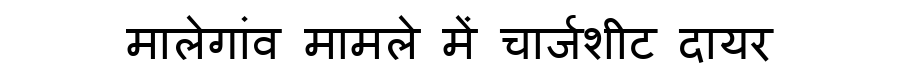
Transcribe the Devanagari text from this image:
मालेगांव मामले में चार्जशीट दायर